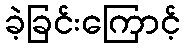
ခဲ့ခြင်းကြောင့်